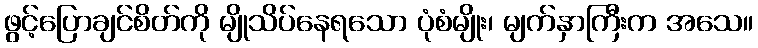
ဖွင့်ပြောချင်စိတ်ကို မျိုသိပ်နေရသော ပုံစံမျိုး၊ မျက်နှာကြီးက အသေ။